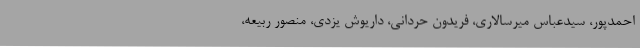
احمدپور، سیدعباس میرسالاری، فریدون حردانی، داریوش یزدی، منصور ربیعه،